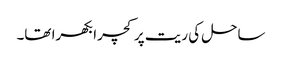
ساحل کی ریت پر کچرا بکھرا تھا۔